Indian journal of veterinary science and animal husbandry - Volumes 18-21, 1948-1951
Year: 1948
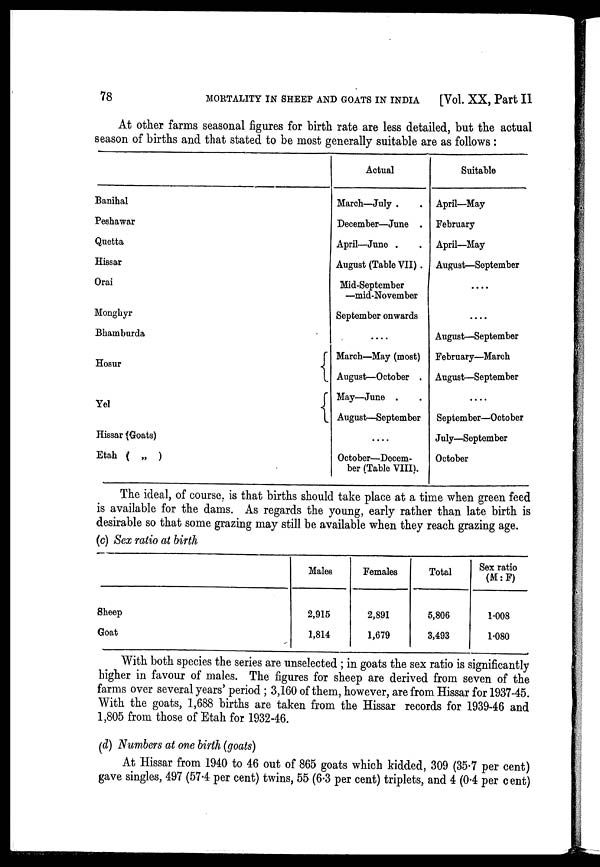
78
MORTALITY IN SHEEP AND GOATS IN INDIA
[Vol. XX, Part II
At other farms seasonal figures for birth rate are less detailed, but the actual
season of births and that stated to be most generally suitable are as follows :
Banihal
Peshawar
Quetta
Hissar
Orai
Monghyr
Bhamburda
Hosur {
Yel
{
Hissar (Goats)
Etah ( „ )
Actual
March—July . .
December—June .
April—June . .
August (Table VII) .
Mid-September
—mid-November
September onwards
....
March—May (most)
August—October .
May—June . .
August—September
....
October—Decem-
ber (Table VIII).
Suitable
April—May
February
April—May
August—September
....
....
August—September
February—March
August—September
....
September—October
July—September
October
The ideal, of course, is that births should take place at a time when green feed
is available for the dams. As regards the young, early rather than late birth is
desirable so that some grazing may still be available when they reach grazing age.
(c) Sex ratio at birth
Sheep
Goat
Males
2,915
1,814
Females
2,891
1,679
Total
5,806
3,493
Sex ratio
(M : F)
1.008
1.080
With both species the series are unselected ; in goats the sex ratio is significantly
higher in favour of males. The figures for sheep are derived from seven of the
farms over several years' period ; 3,160 of them, however, are from Hissar for 1937-45.
With the goats, 1,688 births are taken from the Hissar records for 1939-46 and
1,805 from those of Etah for 1932-46.
(d) Numbers at one birth (goats)
At Hissar from 1940 to 46 out of 865 goats which kidded, 309 (35.7 per cent)
gave singles, 497 (57.4 per cent) twins, 55 (6.3 per cent) triplets, and 4 (0.4 per cent)